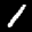
Label: 1